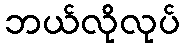
ဘယ်လိုလုပ်